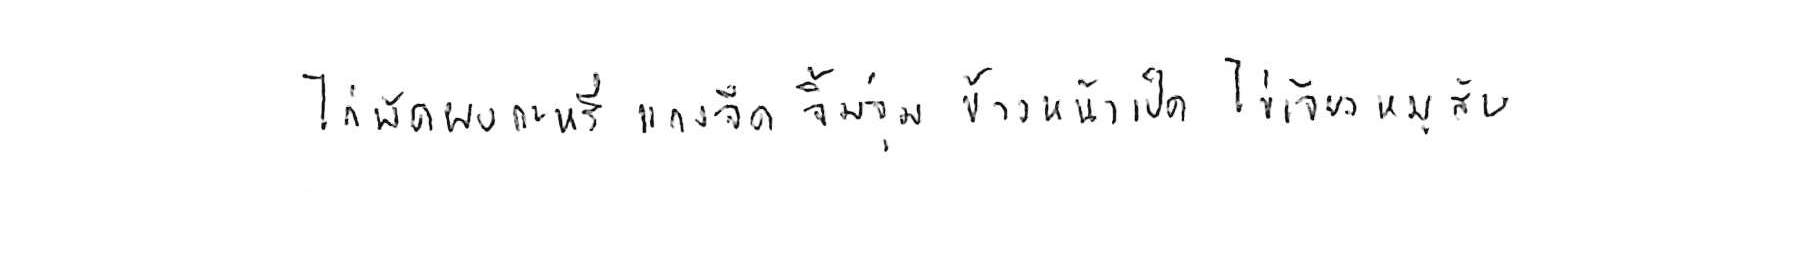
ไก่ผัดผงกะหรี่ แกงจืด จิ้มจุ่ม ข้าวหน้าเป็ด ไข่เจียวหมูสับ